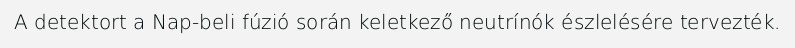
A detektort a Nap-beli fúzió során keletkező neutrínók észlelésére tervezték.